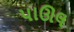
પાઊલ